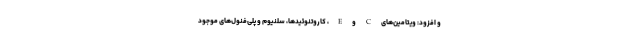
و افزود: ویتامین‌های C و E، کاروتنوئیدها، سلنیوم و پلی‌فنول‌های موجود